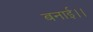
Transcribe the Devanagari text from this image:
बनाई।।